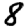
Digit: 8